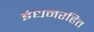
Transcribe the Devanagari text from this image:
इंधनरहित